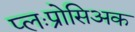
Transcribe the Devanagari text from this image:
प्लःप्रोसिअक